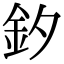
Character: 釸